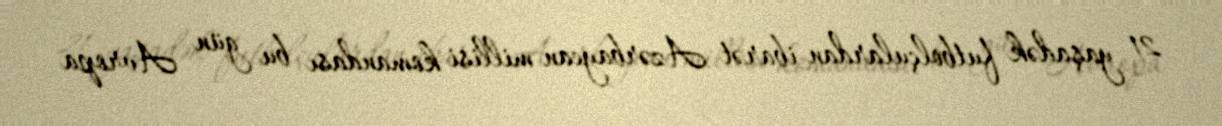
21 yaşadək futbolçulardan ibarət Azərbaycan millisi komandası bu gün Avropa